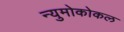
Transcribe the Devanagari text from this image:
न्युमोकोकल